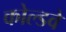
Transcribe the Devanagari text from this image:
कोल्डवे